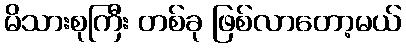
မိသားစုကြီး တစ်ခု ဖြစ်လာတော့မယ်